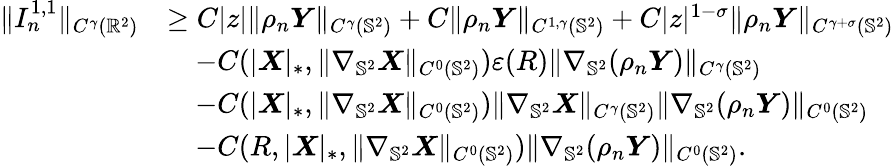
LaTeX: \begin{array}{rl}{\| I_{n}^{1,1}\| _{C^{\gamma}(\mathbb{R}^{2})}}&{\geq C|z|\| \rho_{n}\boldsymbol{Y}\| _{C^{\gamma}(\mathbb{S}^{2})}+C\| \rho_{n}\boldsymbol{Y}\| _{C^{1,\gamma}(\mathbb{S}^{2})}+C|z|^{1-\sigma}\| \rho_{n}\boldsymbol{Y}\| _{C^{\gamma+\sigma}(\mathbb{S}^{2})}}\\ &{\quad-C(|\boldsymbol{X}|_{*},\| \nabla_{\mathbb{S}^{2}}\boldsymbol{X}\| _{C^{0}(\mathbb{S}^{2})})\varepsilon(R)\| \nabla_{\mathbb{S}^{2}}(\rho_{n}\boldsymbol{Y})\| _{C^{\gamma}(\mathbb{S}^{2})}}\\ &{\quad-C(|\boldsymbol{X}|_{*},\| \nabla_{\mathbb{S}^{2}}\boldsymbol{X}\| _{C^{0}({\mathbb{S}^{2}})})\| \nabla_{\mathbb{S}^{2}}\boldsymbol{X}\| _{C^{\gamma}({\mathbb{S}^{2}})}\| \nabla_{\mathbb{S}^{2}}(\rho_{n}\boldsymbol{Y})\| _{C^{0}(\mathbb{S}^{2})}}\\ &{\quad-C(R,|\boldsymbol{X}|_{*},\| \nabla_{\mathbb{S}^{2}}\boldsymbol{X}\| _{C^{0}({\mathbb{S}^{2}})})\| \nabla_{\mathbb{S}^{2}}(\rho_{n}\boldsymbol{Y})\| _{C^{0}(\mathbb{S}^{2})}.}\end{array}